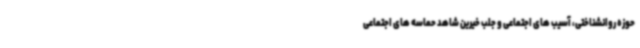
حوزه روانشناختی، آسیب های اجتماعی و جلب خیرین شاهد حماسه های اجتماعی